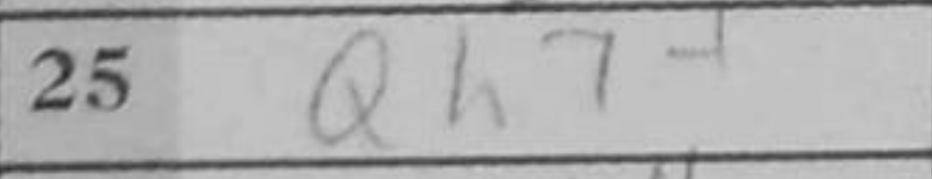
Transcription: Qh7